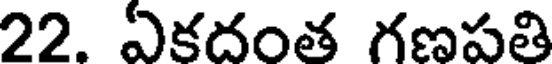
22. ఏకదంత గణపతి